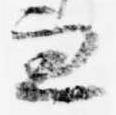
兼